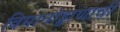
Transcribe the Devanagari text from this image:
विमानोड्डाणाची